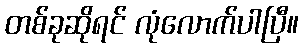
တစ်ခုဆိုရင် လုံလောက်ပါပြီ။